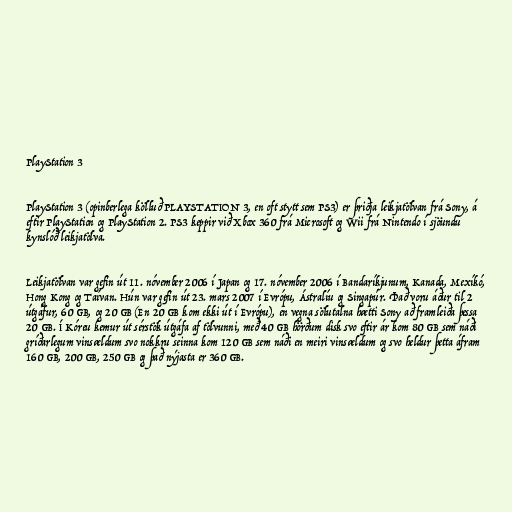
PlayStation 3

PlayStation 3 (opinberlega kölluð PLAYSTATION 3, en oft stytt sem PS3) er þriðja leikjatölvan frá Sony, á
eftir PlayStation og PlayStation 2. PS3 keppir við Xbox 360 frá Microsoft og Wii frá Nintendo í sjöundu
kynslóð leikjatölva.

Leikjatölvan var gefin út 11. nóvember 2006 í Japan og 17. nóvember 2006 í Bandaríkjunum, Kanada, Mexíkó,
Hong Kong og Taívan. Hún var gefin út 23. mars 2007 í Evrópu, Ástralíu og Singapúr. Það voru áður til 2
útgáfur, 60 GB, og 20 GB (En 20 GB kom ekki út í Evrópu), en vegna sölutalna hætti Sony að framleiða þessa
20 GB. Í Kóreu kemur út sérstök útgáfa af tölvunni, með 40 GB hörðum disk svo eftir ár kom 80 GB sem náði
gríðarlegum vinsældum svo nokkru seinna kom 120 GB sem náði en meiri vinsældum og svo heldur þetta áfram
160 GB, 200 GB, 250 GB og það nýjasta er 360 GB.